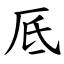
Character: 厎